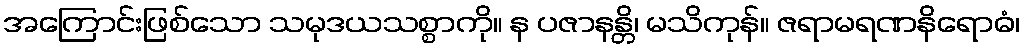
အကြောင်းဖြစ်သော သမုဒယသစ္စာကို။ န ပဇာနန္တိ၊ မသိကုန်။ ဇရာမရဏနိရောဓံ၊